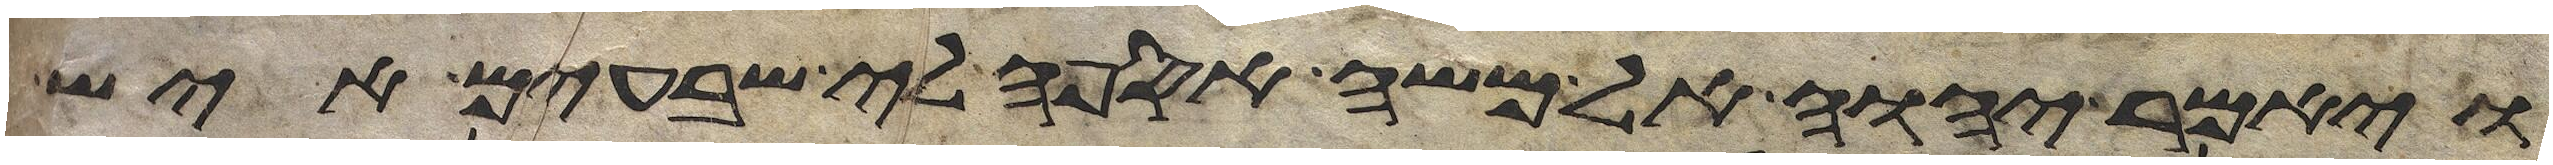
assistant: ויאמר יהוה אל משה אספה לי שבעים איש